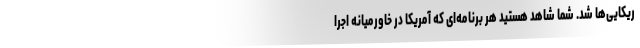
ریکایی‌ها شد. شما شاهد هستید هر برنامه‌ای که آمریکا در خاورمیانه اجرا